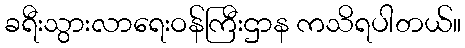
ခရီးသွားလာရေးဝန်ကြီးဌာန ကသိရပါတယ်။